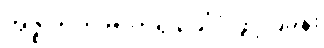
အဇ္ဈတ္တိက ဗာဟိရ ခေါ်ပုံ ဖွင့်ပြခန်း